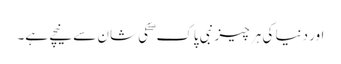
اور دنیا کی ہر چیز نبی پاک ۖ کی شان سے نیچے ہے۔